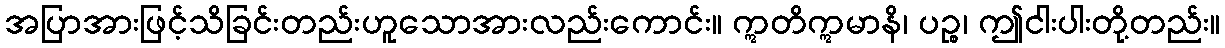
အပြာအားဖြင့်သိခြင်းတည်းဟူသောအားလည်းကောင်း။ ဣတိဣမာနိ၊ ပဉ္စ၊ ဤငါးပါးတို့တည်း။